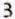
3